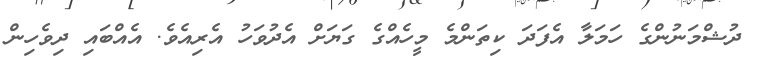
ދުޝްމަނުންގެ ހަމަލާ އެފަދަ ކިތަންމެ މީހެއްގެ ގަޔަށް އެދުވަހު އެރިއެވެ. އެއްބައި ދިވެހިން